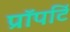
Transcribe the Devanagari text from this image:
प्रॉपर्टि